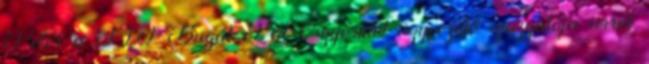
Péter a TIT Bugát Pál Egyesület ügyvezető igazgatója arról